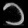
Digit: ၁